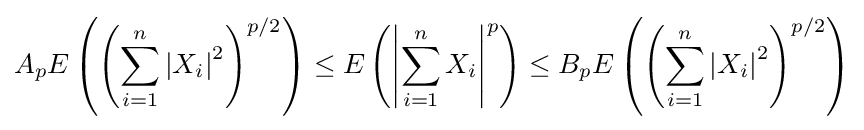
A_{p}E\left(\left(\sum _{i=1}^{n}\left\vert X_{i}\right\vert ^{2}\right)_{}^{p/2}\right)\leq E\left(\left\vert \sum _{i=1}^{n}X_{i}\right\vert ^{p}\right)\leq B_{p}E\left(\left(\sum _{i=1}^{n}\left\vert X_{i}\right\vert ^{2}\right)_{}^{p/2}\right)